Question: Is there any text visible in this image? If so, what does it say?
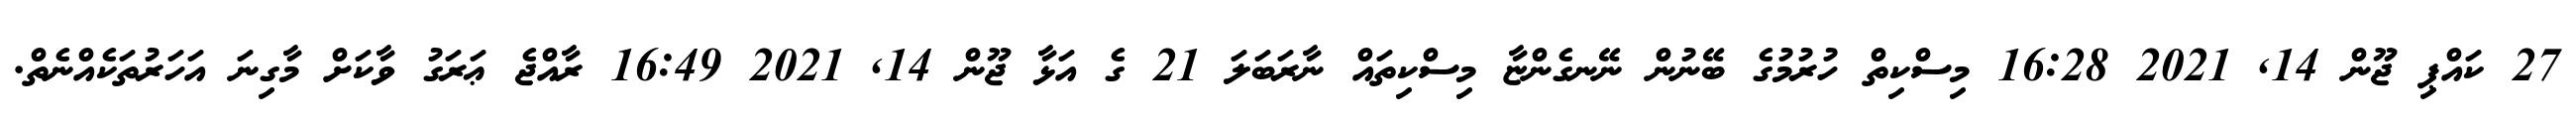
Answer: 27 ކައްޕި ޖޫން 14, 2021 16:28 މިސްކިތް ހުރުމުގެ ބޭނުން ނޭނގެންޏާ މިސްކިތައް ނާރަބަލަ 21 ގެ އަޅާ ޖޫން 14, 2021 16:49 ރާއްޖެ ޢަރަގު ވާކަށް މާގިނަ އަހަރުތަކެއްނެތް.